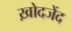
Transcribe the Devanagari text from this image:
ख़ोदजेंद